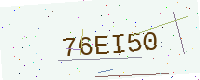
Text: 76EI50